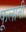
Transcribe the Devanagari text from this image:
फूलानी